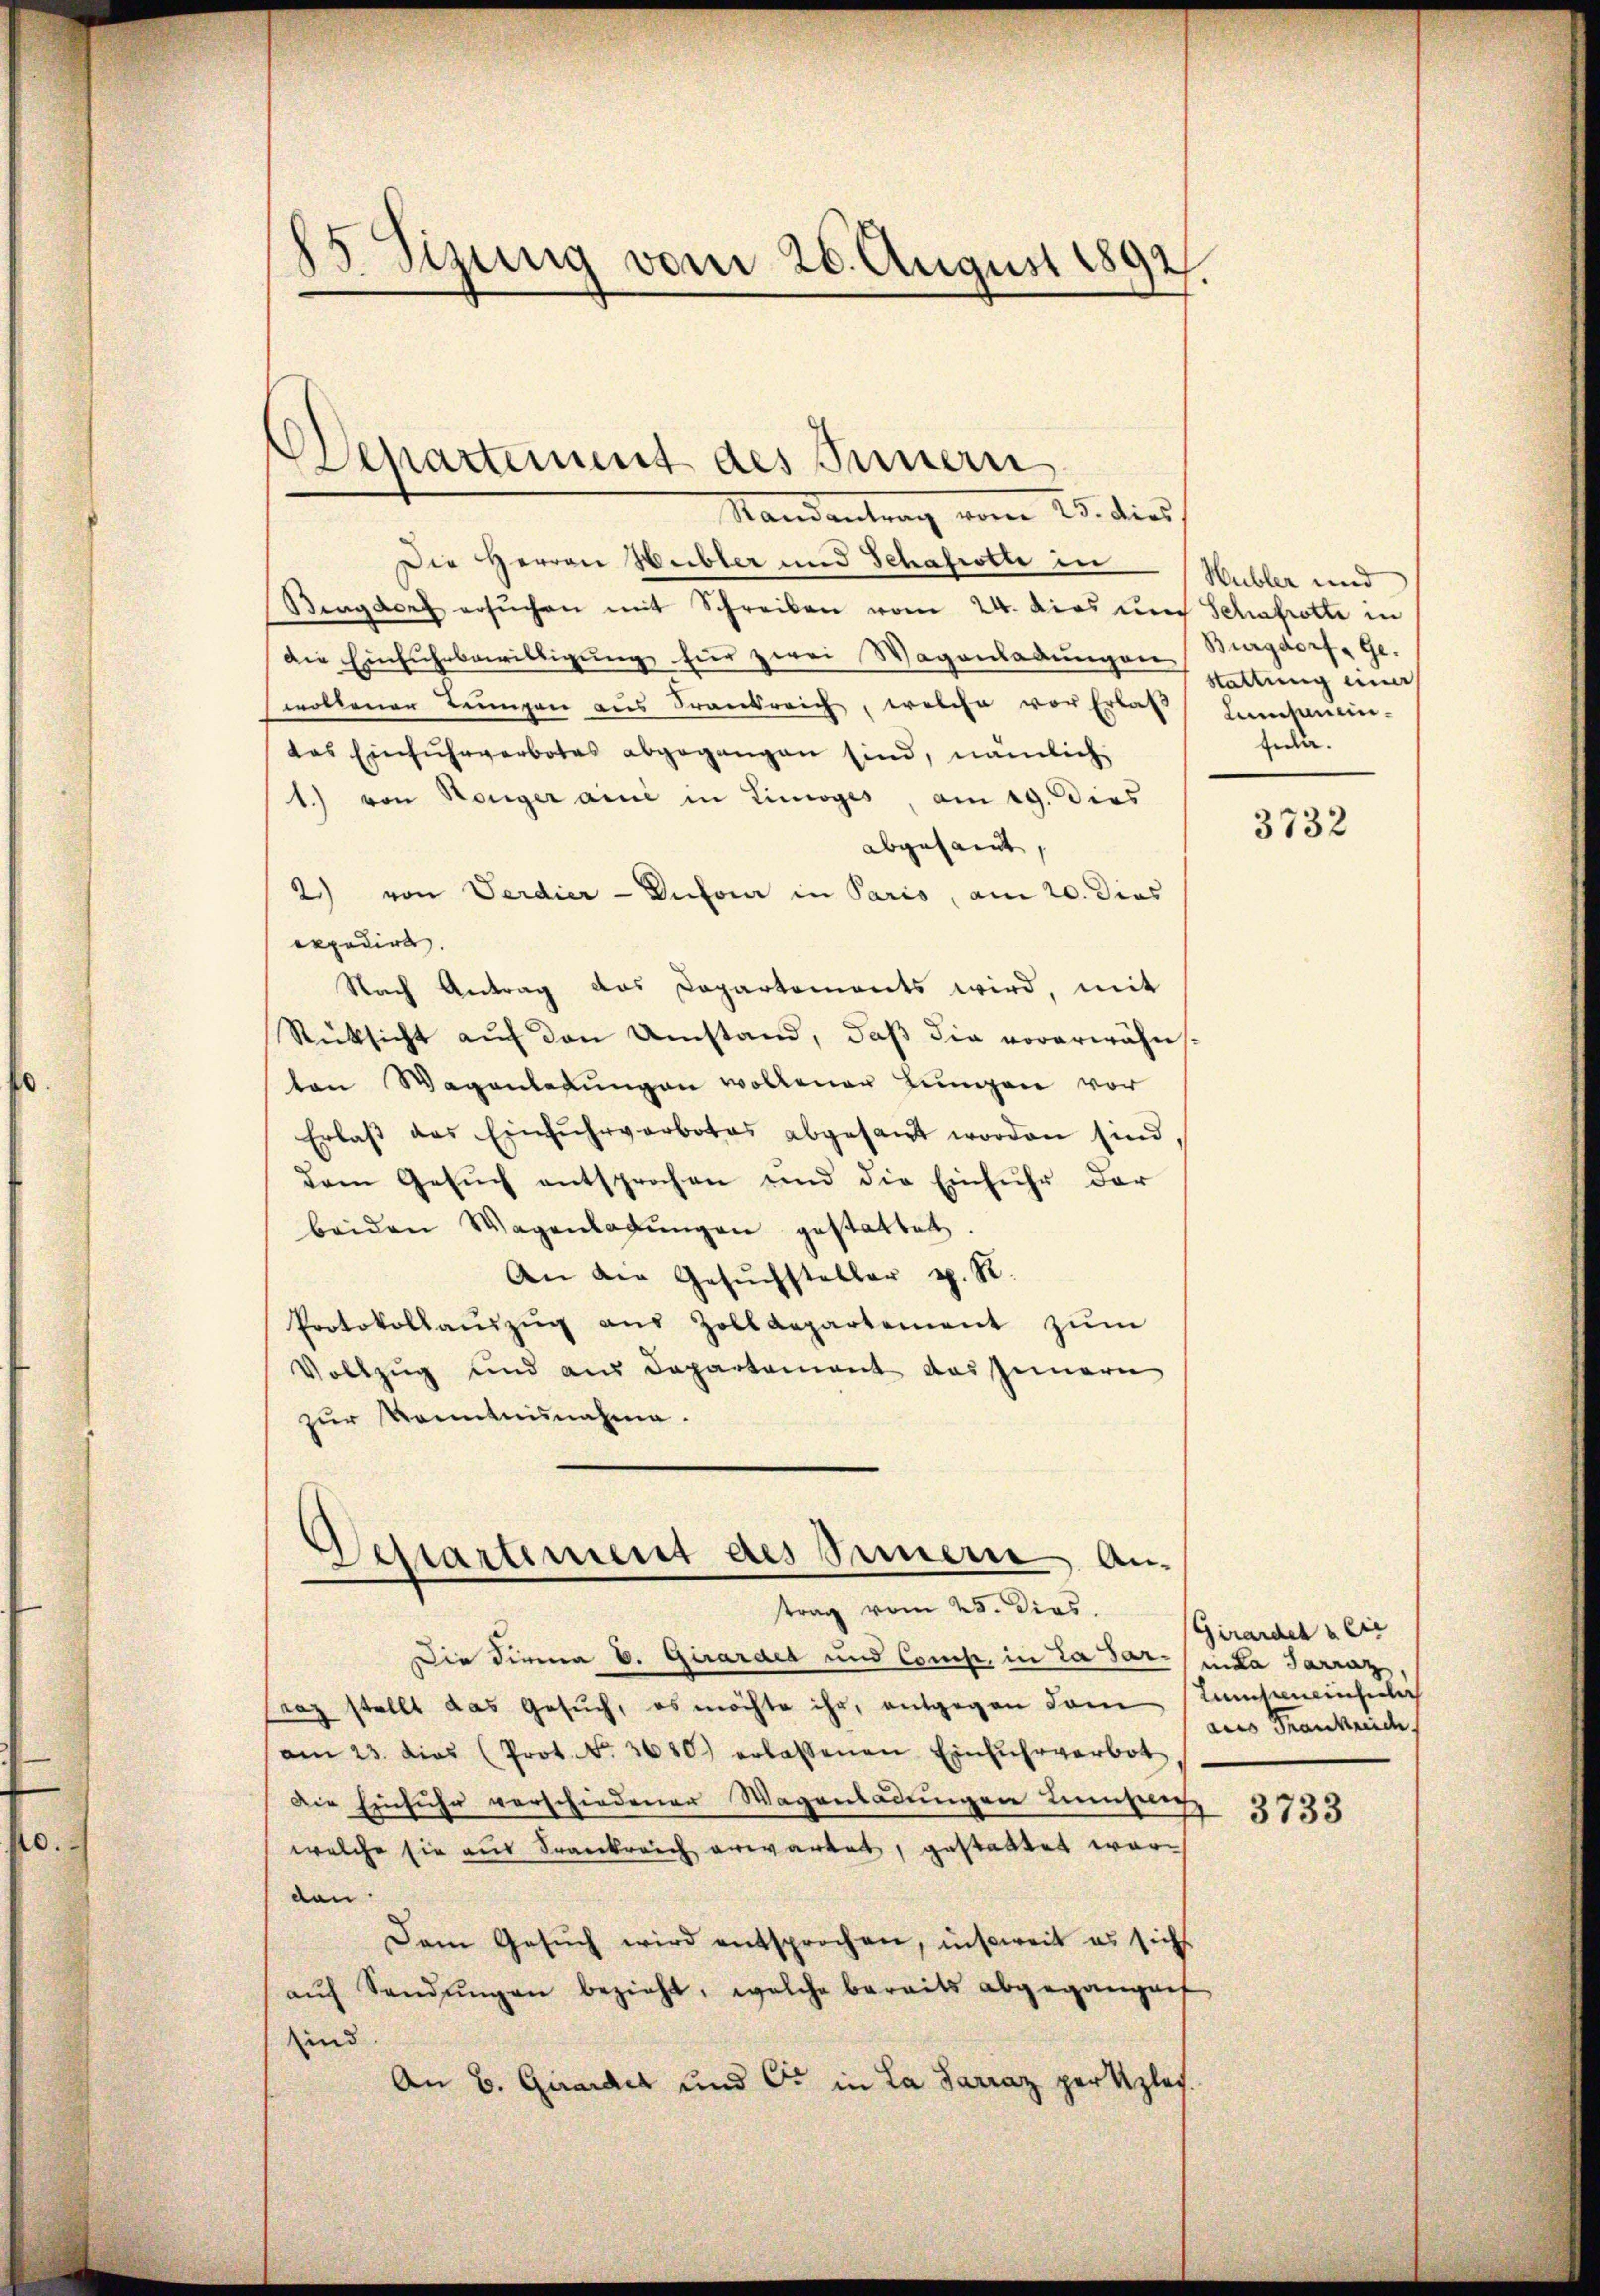
15 Sizung vom 26. August 1892

lharteiment des Innern

Mandentrag vom 25. dies
Die Herren Heibler und Schafrotte in
Bagdorf ersŭchen mit Schreiben vom 24. dies um Schafrotte in
die Einfuhrbewilligŭng für zwei Wagenladŭngen Burgdorf, Ge-
wollener Teungen aus Frankreich, welche vor Erlas
das Einfuhrverbotes abgegangen sind, nämlich
1.) von Honiger ani in Liniges, am 29. dies
abgesamt,
2) von Verdier-Dufour in Paris, am 20. dies
expedirt.
Nach Antrag das Capartements wird, mit
Rücksicht auf den Umstand, daß die vorerwähn
ton Wagenladŭngen wollener Lungen vor
Erlass des Einfuhrverbotes abgesandt worden sind,
dem Gesŭch entsprochen und die Einfuhr der
beiden Wagenladŭngen gestattet.
An die Gesŭchsteller z. R.
Protokollaŭszŭg aŭs Zolldepartement zŭm
Vollzug und aus Departement das Innern
zur Kenntnisnahme.

Separtement des Innern An-
trag vom 25. Dies

Die Firma E. Girardes und Comp. in La Par- unda Sarraz
stag stellt das Gesŭch, es möchte ihr, entgegen dem Samtaminfel
am 23. dies (Prot. No. 3680) erlassenen Einfŭhrverbot
Die Einfuhr verschiedener Wagenladungen Lienzeich
welche sie aus Frankreich erwartet, gestattet worden
Dem Gesŭch wird entsprochen, insoweit es sich
aŭf Sandŭngen bezieht, welche bereits abgegangef
sind
An B. Girardis und C. in La Sarraz per plac

Hubler und
Stattung einer
Linsamen.
fula.

3732

Girarden & Cie
aus Frankreic

3733